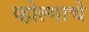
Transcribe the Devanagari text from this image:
व्होल्गाचे